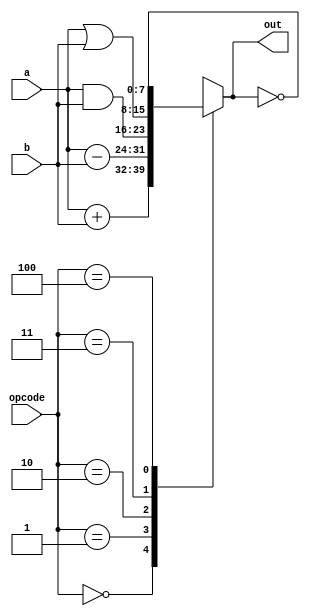
`define PLUS 3'd0
`define MINUS 3'd1
`define BAND 3'd2
`define BOR 3'd3
`define BINV 3'd4

module alu(
	output reg [7:0] out,
	input [2:0] opcode,
	input [7:0] a,b
	);

always @(opcode, a, b) begin
	case(opcode)
		`PLUS: out = a+b;
		`MINUS: out = a-b;
		`BAND: out = a&b;
		`BOR: out = a|b;
		`BINV: out = ~out;
		default: out = 8'hx;
	endcase
end

endmodule